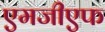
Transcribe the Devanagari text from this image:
एमजीएफ